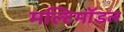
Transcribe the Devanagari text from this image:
मल्टिमॉडल